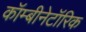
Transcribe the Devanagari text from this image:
कॉम्बीनेटॉरिक